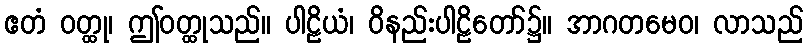
ဧတံ ဝတ္ထု၊ ဤဝတ္ထုသည်။ ပါဠိယံ၊ ဝိနည်းပါဠိတော်၌။ အာဂတမေဝ၊ လာသည်